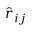
\hat { r } _ { i j }